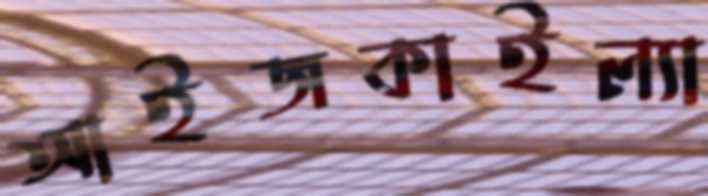
আইজকাইল্যা